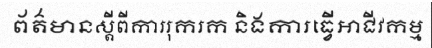
ព័ត៌មានស្តីពីការរុករក និងការធ្វើអាជីវកម្ម